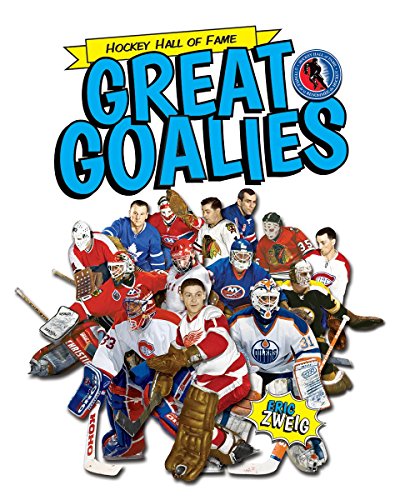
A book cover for Great Goalies (Hockey Hall of Fame Kids); Eric Zweig; Children's Books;